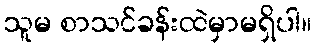
သူမ စာသင်ခန်းထဲမှာမရှိပါ။